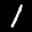
Label: 1